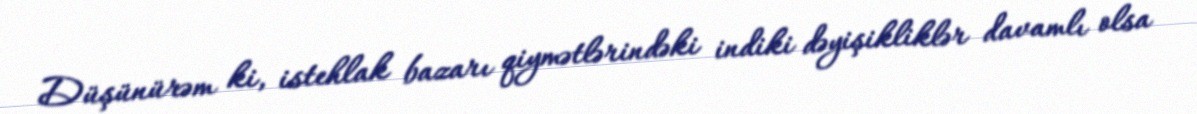
Düşünürəm ki, istehlak bazarı qiymətlərindəki indiki dəyişikliklər davamlı olsa